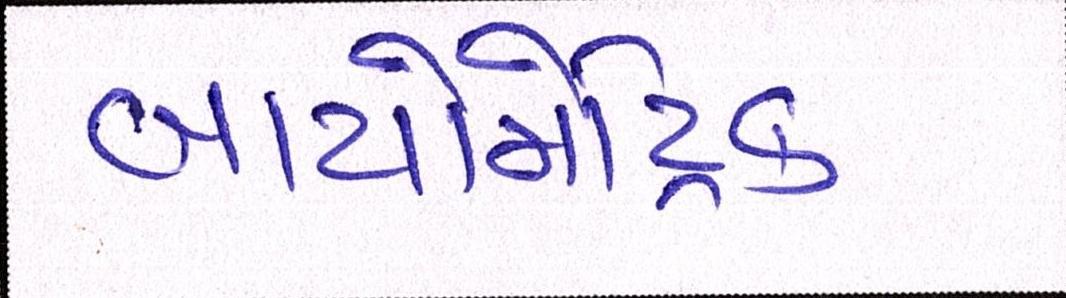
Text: બાયોમેટ્રિક